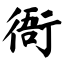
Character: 衙